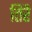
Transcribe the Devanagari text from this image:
तिरै